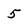
Character: 5